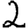
Digit: 2